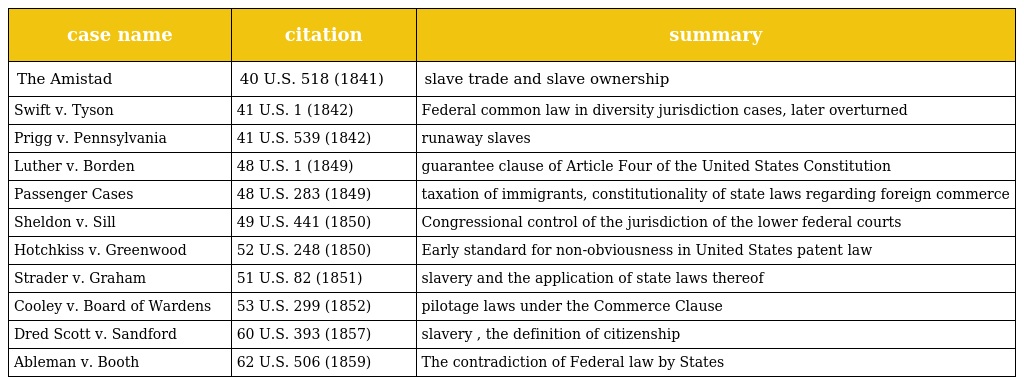
| case name | citation | summary |
 | --- | --- | --- |
 | The Amistad | 40 U.S. 518 (1841) | slave trade and slave ownership |
 | Swift v. Tyson | 41 U.S. 1 (1842) | Federal common law in diversity jurisdiction cases, later overturned |
 | Prigg v. Pennsylvania | 41 U.S. 539 (1842) | runaway slaves |
 | Luther v. Borden | 48 U.S. 1 (1849) | guarantee clause of Article Four of the United States Constitution |
 | Passenger Cases | 48 U.S. 283 (1849) | taxation of immigrants, constitutionality of state laws regarding foreign commerce |
 | Sheldon v. Sill | 49 U.S. 441 (1850) | Congressional control of the jurisdiction of the lower federal courts |
 | Hotchkiss v. Greenwood | 52 U.S. 248 (1850) | Early standard for non-obviousness in United States patent law |
 | Strader v. Graham | 51 U.S. 82 (1851) | slavery and the application of state laws thereof |
 | Cooley v. Board of Wardens | 53 U.S. 299 (1852) | pilotage laws under the Commerce Clause |
 | Dred Scott v. Sandford | 60 U.S. 393 (1857) | slavery , the definition of citizenship |
 | Ableman v. Booth | 62 U.S. 506 (1859) | The contradiction of Federal law by States |